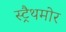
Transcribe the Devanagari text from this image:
स्ट्रैथमोर